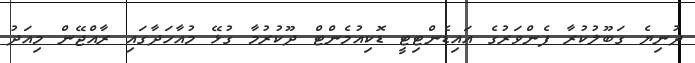
ދުނިޔެ ގަބޫލުކުރާ ފެންވަރުގެ އައިޑެންޓިޓީ ޑޮކިއުމެންޓް ދޫކުރުމާ ގުޅޭ މުއާހަދާގައި ރާއްޖޭން މިއަދު